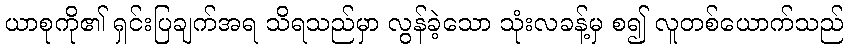
ယာစုကို၏ ရှင်းပြချက်အရ သိရသည်မှာ လွန်ခဲ့သော သုံးလခန့်မှ စ၍ လူတစ်ယောက်သည်